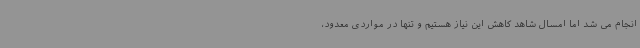
انجام می شد اما امسال شاهد کاهش این نیاز هستیم و تنها در مواردی معدود،